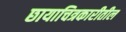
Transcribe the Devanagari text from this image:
छायाचित्रकारीतील